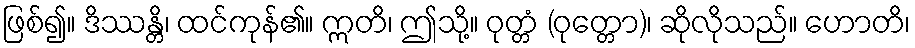
ဖြစ်၍။ ဒိဿန္တိ၊ ထင်ကုန်၏။ ဣတိ၊ ဤသို့။ ဝုတ္တံ (ဝုတ္တော)၊ ဆိုလိုသည်။ ဟောတိ၊